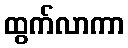
ထွက်လာကာ